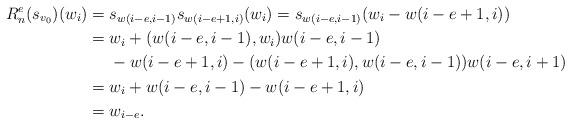
LaTeX: \begin{align*}R^e_n(s_{v_0})(w_{i})&=s_{w(i-e,i-1)}s_{w(i-e+1, i)}(w_i)=s_{w(i-e,i-1)}(w_i-w(i-e+1, i))\\&=w_i+(w(i-e,i-1),w_i)w(i-e,i-1)\\&~~~~-w(i-e+1, i)-(w(i-e+1, i),w(i-e,i-1))w(i-e, i+1)\\&=w_i+w(i-e,i-1)-w(i-e+1, i)\\&=w_{i-e}.\end{align*}